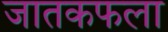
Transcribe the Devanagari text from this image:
जातकफला